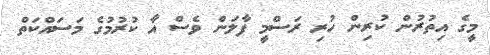
މީގެ އިތުރުން ކުރިން ހުރި ރަސްމީ ފާލަން ވެސް އާ ކުރުމުގެ މަސައްކަތް